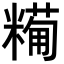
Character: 𥼓